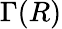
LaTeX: \Gamma(R)